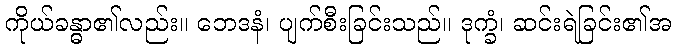
ကိုယ်ခန္ဓာ၏လည်း။ ဘေဒနံ၊ ပျက်စီးခြင်းသည်။ ဒုက္ခံ၊ ဆင်းရဲခြင်း၏အ